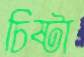
চিষ্টা